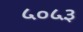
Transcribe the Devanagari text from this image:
५०५३